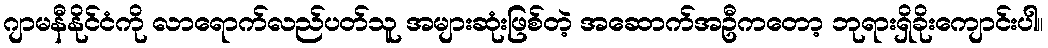
ဂျာမနီနိုင်ငံကို လာရောက်လည်ပတ်သူ အများဆုံးဖြစ်တဲ့ အဆောက်အဦကတော့ ဘုရားရှိခိုးကျောင်းပါ။